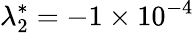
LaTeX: \lambda_{2}^{*}=-1\times 10^{-4}